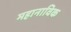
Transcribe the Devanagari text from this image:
महानाविक